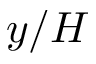
y / H